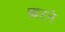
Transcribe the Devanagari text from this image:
छाटने